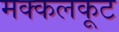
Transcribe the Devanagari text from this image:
मक्कलकूट